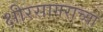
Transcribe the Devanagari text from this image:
क्षीरसागराच्या